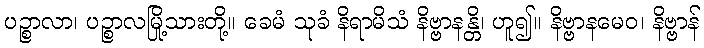
ပဉ္စာလာ၊ ပဉ္စာလမြို့သားတို့။ ခေမံ သုခံ နိရာမိသံ နိဗ္ဗာနန္တိ၊ ဟူ၍။ နိဗ္ဗာနမေဝ၊ နိဗ္ဗာန်